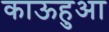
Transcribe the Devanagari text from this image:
काऊहुआ